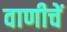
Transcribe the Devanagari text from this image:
वाणीचें